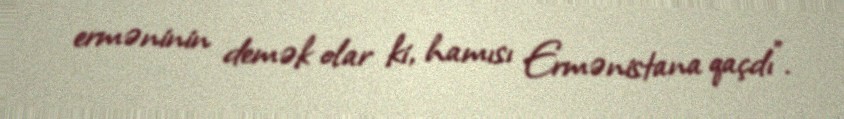
erməninin demək olar ki, hamısı Ermənistana qaçdı”.